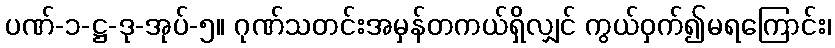
ပဏ်-၁-ဋ္ဌ-ဒု-အုပ်-၅။ ဂုဏ်သတင်းအမှန်တကယ်ရှိလျှင် ကွယ်ဝှက်၍မရကြောင်း၊